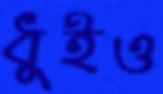
ধুইও